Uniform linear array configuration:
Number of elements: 4
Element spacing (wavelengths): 0.5
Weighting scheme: cosine
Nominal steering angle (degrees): -60
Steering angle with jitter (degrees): -61.715
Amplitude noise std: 0.05
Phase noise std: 0.05

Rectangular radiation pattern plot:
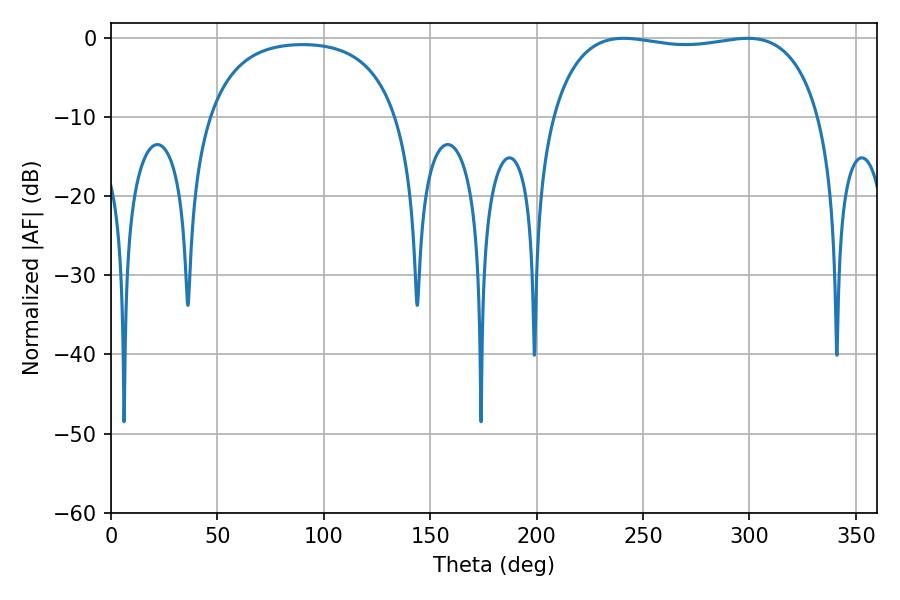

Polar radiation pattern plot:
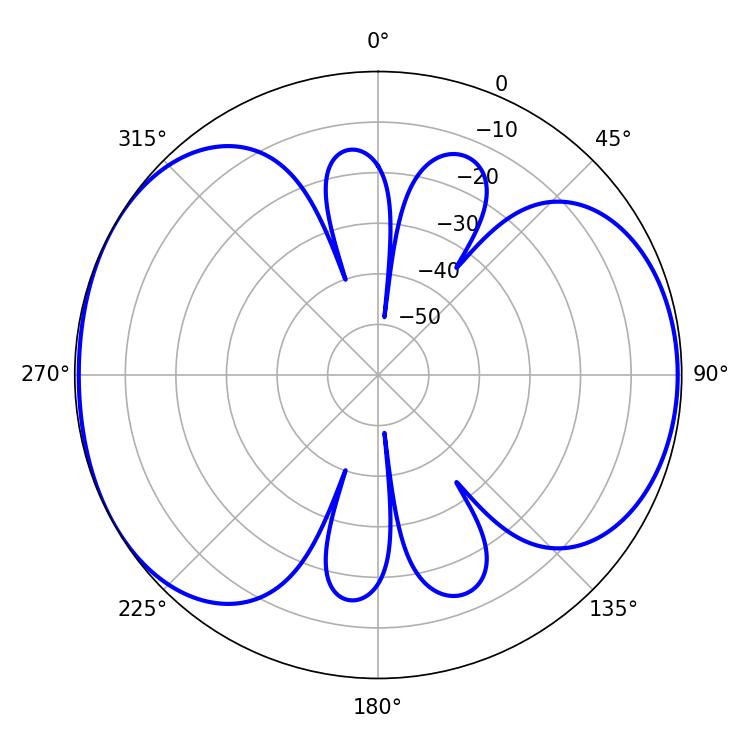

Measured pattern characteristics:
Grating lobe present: FALSE
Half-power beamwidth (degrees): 101.16
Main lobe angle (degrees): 240.84